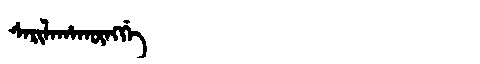
Manchu: ᠰᠠᡵᡳᠯᠠᡥᠠᡴᡡᠩᡤᡝ
Romanization: SARILAHAKŪNGGE